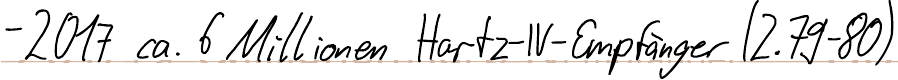
2017 ca. 6 Millionen Hartz-IV-Empfänger (Z.79-80)